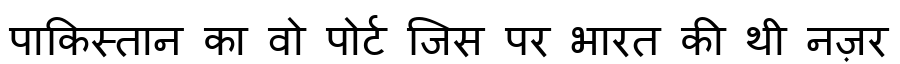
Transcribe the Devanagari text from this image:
पाकिस्तान का वो पोर्ट जिस पर भारत की थी नज़र